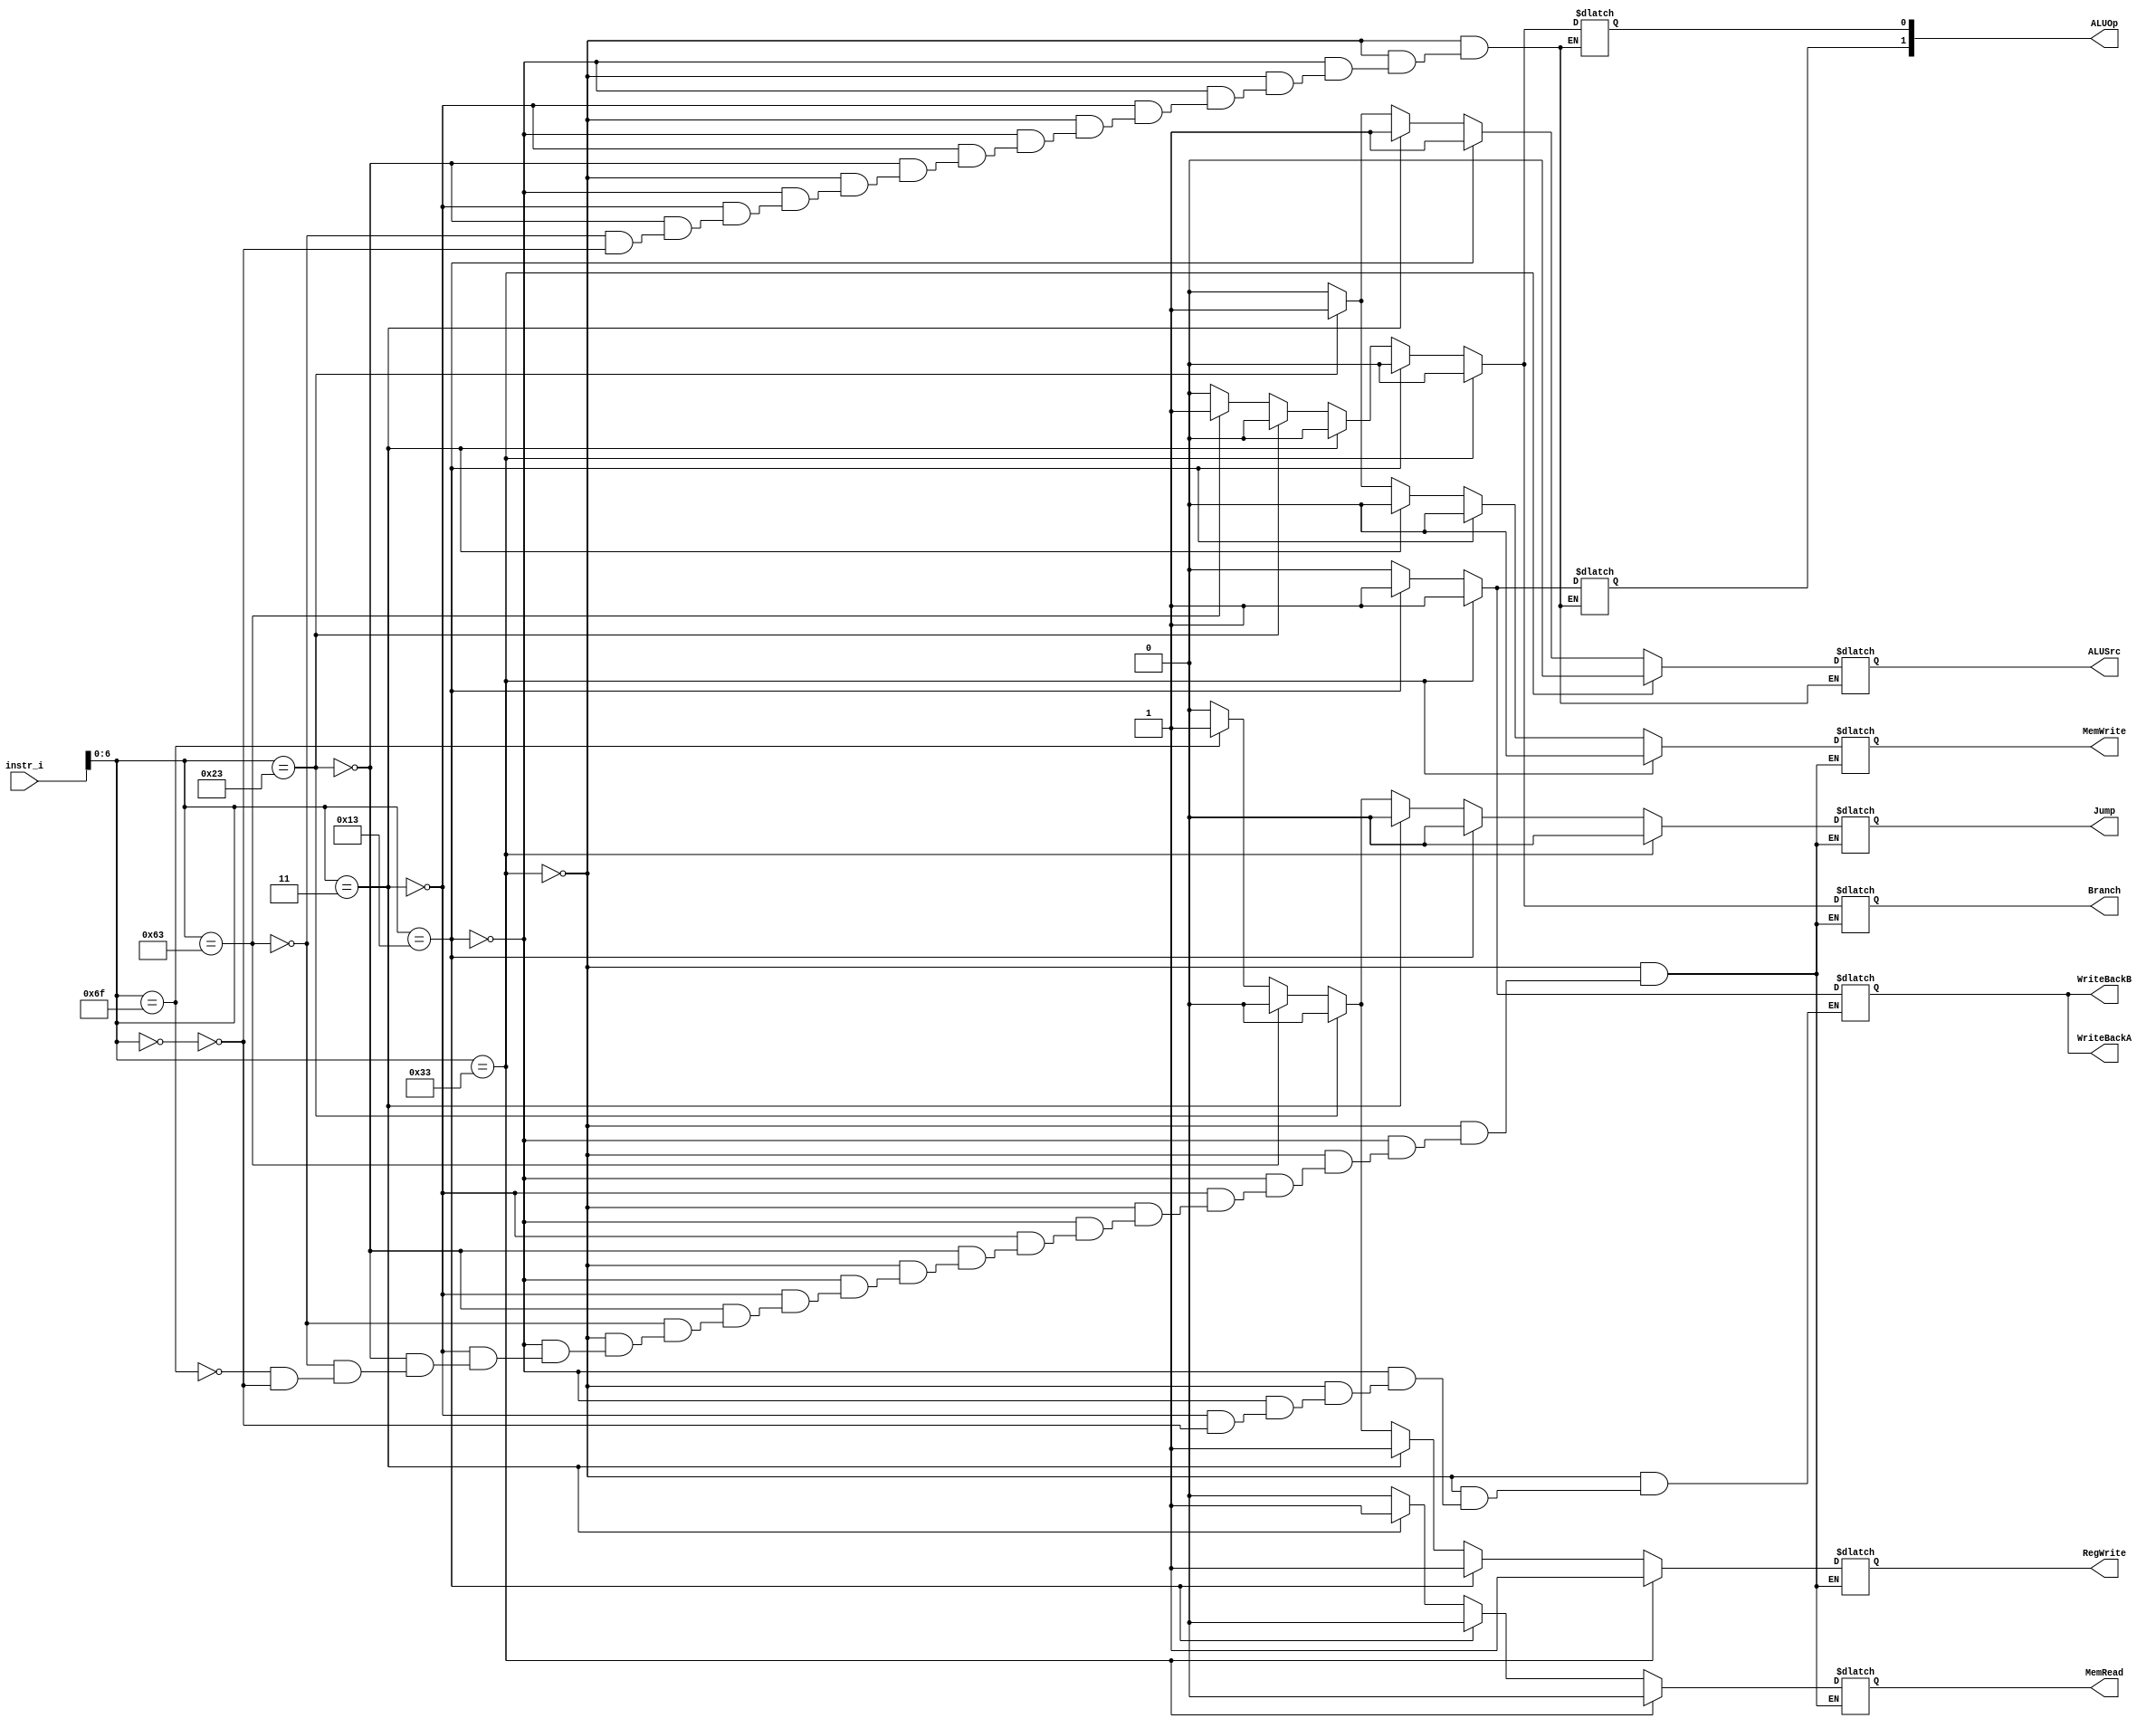
`timescale 1ns/1ps

module Decoder(
    input [32-1:0]  instr_i,

    output          RegWrite,
    output          Branch,
    output          Jump,
    output          MemRead,
    output          MemWrite,
    //lab4 WriteBackA  WriteBackB  2-1MUX  3-1 MUX
    // output reg         MemtoReg, // WriteBackA  WriteBackB
    output          WriteBackA,
    output          WriteBackB,
    output          ALUSrc,
    output  [2-1:0] ALUOp
);

//Internal Signals
wire    [7-1:0]     opcode;
wire    [3-1:0]     funct3;
wire    [3-1:0]     Instr_field;
wire    [9:0]       Ctrl_o;

/* Write your code HERE */
assign opcode = instr_i[7-1:0];
reg temp_Reg, temp_B, temp_J, temp_WB1, temp_WB0, temp_MR, temp_MW;
reg temp_Src;
reg temp_ALUOp[2-1:0];


always @ (*) begin
    temp_WB1 = 1'b0;
    if (opcode == 7'b0000000)begin //for nop
        temp_Reg = 1'b0;
        temp_B = 1'b0;
        temp_J = 1'b0;
        temp_WB0 = 1'b0;
        // temp_WB1 = 1'b0;
        temp_MR = 1'b0;
        temp_MW = 1'b0;
        temp_Src = 1'b0;
        temp_ALUOp[1] = 1'b0;
        temp_ALUOp[0] = 1'b0;
    end
    if(opcode == 7'b0110011)begin //Rtype
        temp_Reg = 1'b1;
        temp_B = 1'b0;
        temp_J = 1'b0;
        temp_WB0 = 1'b1;
        // temp_WB1 = 1'b0;
        temp_MR = 1'b0;
        temp_MW = 1'b0;
        temp_Src = 1'b0;
        temp_ALUOp[1] = 1'b1;
        temp_ALUOp[0] = 1'b0;
    end

    else if(opcode == 7'b0010011)begin //Itype
        temp_Reg = 1'b1;
        temp_B = 1'b0;
        temp_J = 1'b0;
        temp_WB0 = 1'b1;
        // temp_WB1 = 1'b0;
        temp_MR = 1'b0;
        temp_MW = 1'b0;
        temp_Src = 1'b1;
        temp_ALUOp[1] = 1'b1;
        temp_ALUOp[0] = 1'b0;
    end
    else if(opcode == 7'b0000011)begin //lw
        temp_Reg = 1'b1;
        temp_B = 1'b0;
        temp_J = 1'b0;
        temp_WB0 = 1'b0;
        // temp_WB1 = 1'b0;
        temp_MR = 1'b1;
        temp_MW = 1'b0;
        temp_Src = 1'b1;
        temp_ALUOp[1] = 1'b0;
        temp_ALUOp[0] = 1'b0;
    end
    else if(opcode == 7'b0100011)begin //sw
        temp_Reg = 1'b0;
        temp_B = 1'b0;
        temp_J = 1'b0;
        // temp_WB1 = 1'b0;
        //temp_WB0 = 1'b1;
        temp_MR = 1'b0;
        temp_MW = 1'b1;
        temp_Src = 1'b1;
        temp_ALUOp[1] = 1'b0;
        temp_ALUOp[0] = 1'b0;
    end
    else if(opcode == 7'b1100011)begin //beq
        temp_Reg = 1'b0;
        temp_B = 1'b1;
        temp_J = 1'b0;
        // temp_WB1 = 1'b0;
        //temp_WB0 = 1'b1;
        temp_MR = 1'b0;
        temp_MW = 1'b0;
        temp_Src = 1'b0;
        temp_ALUOp[1] = 1'b0;
        temp_ALUOp[0] = 1'b1;
    end
    else if(opcode == 7'b1101111)begin //jal
        temp_Reg = 1'b1; // PC+ imm  rd 
        temp_B = 1'b0;
        temp_J = 1'b1;
        // temp_WB1 = 1'b1;
        //temp_WB0 = 1'b1;
        temp_MR = 1'b0;
        temp_MW = 1'b0;
        // temp_SrcA = 1'b0; // PC = PC +imm
        //temp_SrcB = 1'b0;
        //temp_ALUOp[1] = 1'b0;
        //temp_ALUOp[0] = 1'b1;
    end
    // else if(instr_i == 7'b1100111)begin //jalr
    //     temp_Reg = 1'b1;// src1 + imm  rd 
    //     temp_B = 1'b0;
    //     temp_J = 1'b1;
    //     temp_WB1 = 1'b1;
    //     //temp_WB0 = 1'b0;
    //     temp_MR = 1'b0;
    //     temp_MW = 1'b0;
    //     temp_SrcA = 1'b1;
    //     //temp_SrcB = 1'b0;
    //     //temp_ALUOp[1] = 1'b0;
    //     //temp_ALUOp[0] = 1'b1;
    // end
end

assign RegWrite = temp_Reg;
assign Branch = temp_B;
assign Jump = temp_J;
assign WriteBackA = temp_WB0;
assign WriteBackB = temp_WB0;

assign MemRead = temp_MR;
assign MemWrite = temp_MW;
assign ALUSrc = temp_Src;
assign ALUOp[1] = temp_ALUOp[1];
assign ALUOp[0] = temp_ALUOp[0];

endmodule